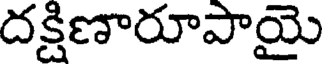
దక్షిణారూపాయై